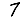
Digit: 7